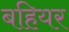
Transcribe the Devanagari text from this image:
बहियर